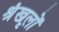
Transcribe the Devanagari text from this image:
श्रृंखलों